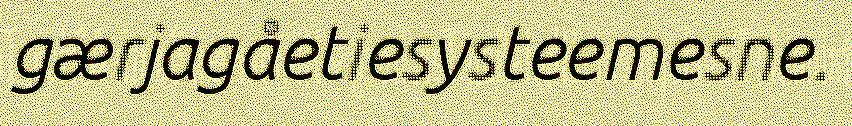
gærjagåetiesysteemesne.